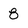
Character: 8